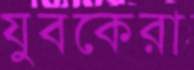
যুবকেরা